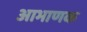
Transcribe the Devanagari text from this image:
आभाणक